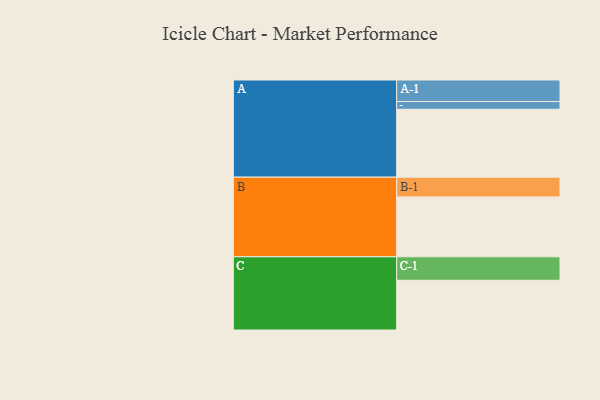
{"axis": {"x": "Segment", "y": "Value"}, "legend": ["", "A", "B", "C"], "data": [{"x": "A", "y": 578, "type": ""}, {"x": "B", "y": 509, "type": ""}, {"x": "C", "y": 423, "type": ""}, {"x": "A-1", "y": 183, "type": "A"}, {"x": "A-2", "y": 66, "type": "A"}, {"x": "B-1", "y": 168, "type": "B"}, {"x": "C-1", "y": 200, "type": "C"}]}